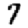
Digit: 7